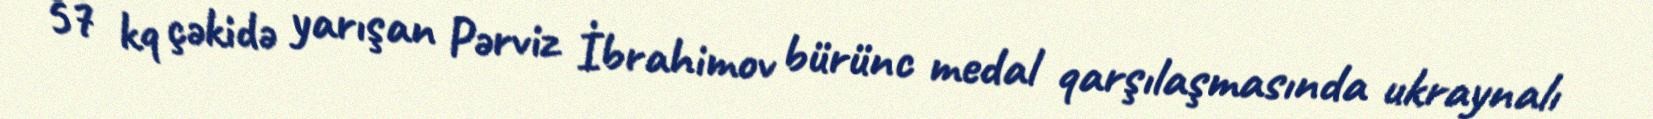
57 kq çəkidə yarışan Pərviz İbrahimov bürünc medal qarşılaşmasında ukraynalı